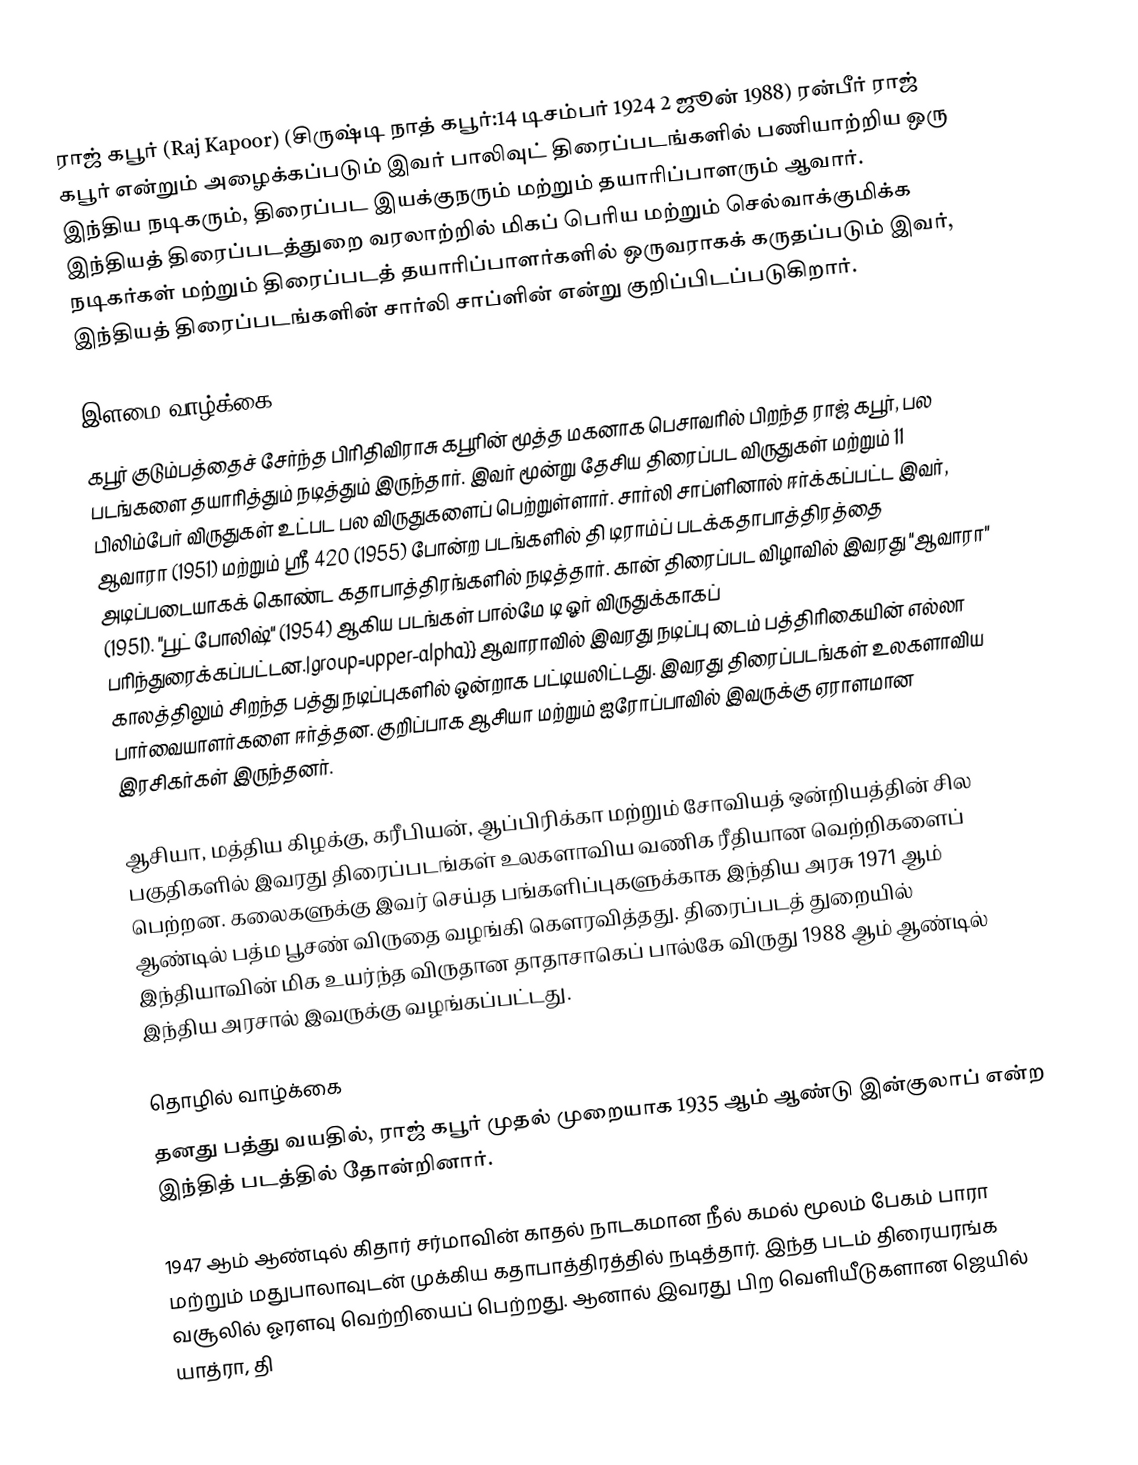
ராஜ் கபூர் (Raj Kapoor) (சிருஷ்டி நாத் கபூர்:14 டிசம்பர் 1924  2 ஜூன் 1988)  ரன்பீர் ராஜ் கபூர் என்றும் அழைக்கப்படும் இவர் பாலிவுட் திரைப்படங்களில் பணியாற்றிய ஒரு இந்திய நடிகரும், திரைப்பட இயக்குநரும் மற்றும் தயாரிப்பாளரும் ஆவார். இந்தியத் திரைப்படத்துறை வரலாற்றில் மிகப் பெரிய மற்றும் செல்வாக்குமிக்க நடிகர்கள் மற்றும் திரைப்படத் தயாரிப்பாளர்களில் ஒருவராகக் கருதப்படும் இவர், இந்தியத் திரைப்படங்களின் சார்லி சாப்ளின் என்று குறிப்பிடப்படுகிறார்.

இளமை வாழ்க்கை
கபூர் குடும்பத்தைச் சேர்ந்த பிரிதிவிராசு கபூரின் மூத்த மகனாக பெசாவரில் பிறந்த ராஜ் கபூர், பல படங்களை தயாரித்தும் நடித்தும் இருந்தார். இவர் மூன்று தேசிய திரைப்பட விருதுகள் மற்றும் 11 பிலிம்பேர் விருதுகள் உட்பட பல விருதுகளைப் பெற்றுள்ளார். சார்லி சாப்ளினால் ஈர்க்கப்பட்ட இவர், ஆவாரா (1951) மற்றும் ஸ்ரீ 420 (1955) போன்ற படங்களில் தி டிராம்ப் படக்கதாபாத்திரத்தை அடிப்படையாகக் கொண்ட கதாபாத்திரங்களில் நடித்தார். கான் திரைப்பட விழாவில் இவரது "ஆவாரா" (1951). "பூட் போலிஷ்" (1954) ஆகிய படங்கள் பால்மே டி ஓர் விருதுக்காகப் பரிந்துரைக்கப்பட்டன.|group=upper-alpha}} ஆவாராவில் இவரது நடிப்பு டைம் பத்திரிகையின் எல்லா காலத்திலும் சிறந்த பத்து நடிப்புகளில் ஒன்றாக பட்டியலிட்டது. இவரது திரைப்படங்கள் உலகளாவிய பார்வையாளர்களை ஈர்த்தன. குறிப்பாக ஆசியா மற்றும் ஐரோப்பாவில் இவருக்கு ஏராளமான இரசிகர்கள் இருந்தனர்.

ஆசியா, மத்திய கிழக்கு, கரீபியன், ஆப்பிரிக்கா மற்றும் சோவியத் ஒன்றியத்தின் சில பகுதிகளில் இவரது திரைப்படங்கள் உலகளாவிய வணிக ரீதியான வெற்றிகளைப் பெற்றன. கலைகளுக்கு இவர் செய்த பங்களிப்புகளுக்காக இந்திய அரசு 1971 ஆம் ஆண்டில் பத்ம பூசண் விருதை வழங்கி கௌரவித்தது. திரைப்படத் துறையில் இந்தியாவின் மிக உயர்ந்த விருதான தாதாசாகெப் பால்கே விருது 1988 ஆம் ஆண்டில் இந்திய அரசால் இவருக்கு வழங்கப்பட்டது.

தொழில் வாழ்க்கை
தனது பத்து வயதில், ராஜ் கபூர் முதல் முறையாக 1935 ஆம் ஆண்டு இன்குலாப் என்ற இந்தித் படத்தில் தோன்றினார்.

1947 ஆம் ஆண்டில் கிதார் சர்மாவின் காதல் நாடகமான நீல் கமல் மூலம் பேகம் பாரா மற்றும் மதுபாலாவுடன் முக்கிய கதாபாத்திரத்தில் நடித்தார். இந்த படம் திரையரங்க வசூலில் ஓரளவு வெற்றியைப் பெற்றது. ஆனால் இவரது பிற வெளியீடுகளான ஜெயில் யாத்ரா, தி